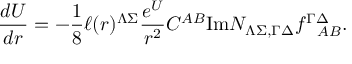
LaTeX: { \frac { d U } { d r } } = - { \frac { 1 } { 8 } } \ell ( r ) ^ { \Lambda \Sigma } { \frac { e ^ { U } } { r ^ { 2 } } } C ^ { A B } \mathrm { I m } { \cal N } _ { \Lambda \Sigma , \Gamma \Delta } f _ { ~ ~ A B } ^ { \Gamma \Delta } .